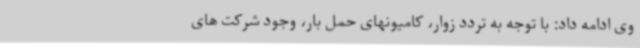
وی ادامه داد: با توجه به تردد زوار، کامیونهای حمل بار، وجود شرکت های